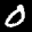
Label: 0